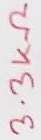
Text: 3.3KΩ